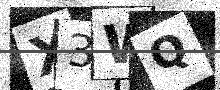
Text: X3WQ